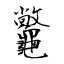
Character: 龞